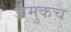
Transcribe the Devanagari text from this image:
अमुकच